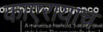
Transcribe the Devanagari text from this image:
काएरायाच